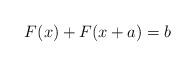
LaTeX: \begin{align*}F(x) + F(x+a) = b\end{align*}